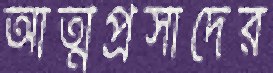
আত্মপ্রসাদের